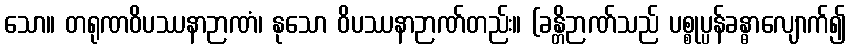
သော။ တရုဏဝိပဿနာဉာဏံ၊ နုသော ဝိပဿနာဉာဏ်တည်း။ (ခန္တိဉာဏ်သည် ပစ္စုပ္ပန်ခန္ဓာလျောက်၍